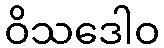
ဝိသဒေါဝ